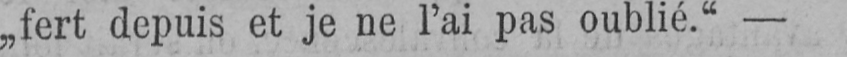
„fert depuis et je ne l’ai pas oublié.“-